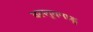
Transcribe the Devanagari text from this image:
वल्लुवनाडु